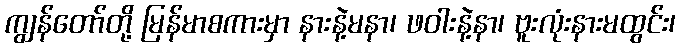
ကျွန်တော်တို့ မြန်မာစကားမှာ နားနဲ့မနာ၊ ဖဝါးနဲ့နာ၊ ဗူးလုံးနားမထွင်း၊